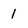
Character: 1